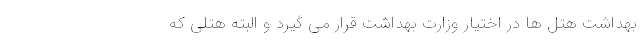
بهداشت هتل ها در اختیار وزارت بهداشت قرار می گیرد و البته هتلی که